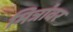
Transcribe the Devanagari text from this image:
मित्रांवर